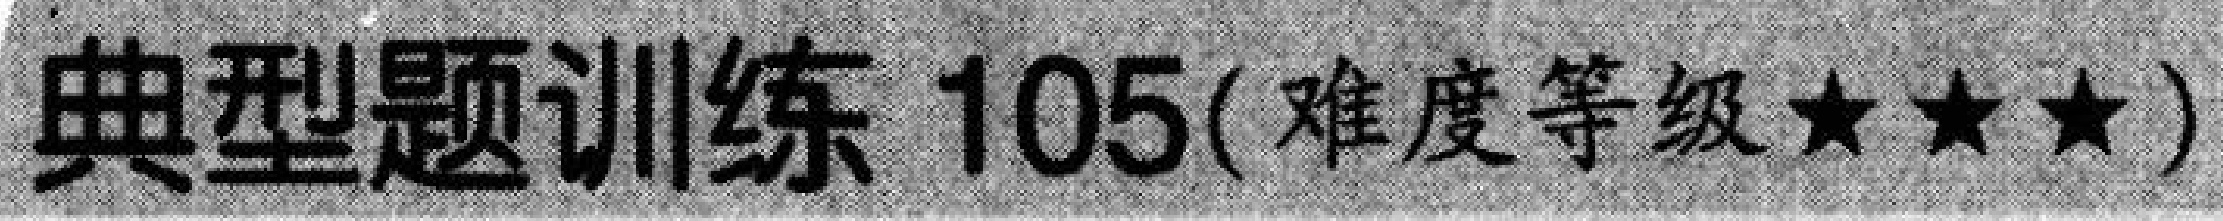
典型题训练 105(难度等级★★★)